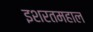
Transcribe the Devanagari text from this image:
इशरतमहाल